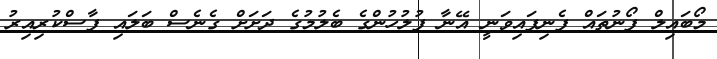
މޯބައިލް ފޯނުތައް ފެނިފައިވަނީ އޭނާ ފުލުހުންގެ ބެލުމުގެ ދަށަށް ގެނެސް ބަލައި ފާސްކުރިއިރު